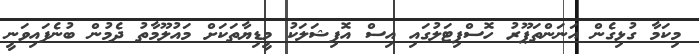
މިކަމާ ގުޅިގެން އަނަންތަޕޫރު ހޮސްޕިޓަލުގައި އިސް އޮފިޝަލަކު މީޑިޔާތަކަށް މައުލޫމާތު ދެމުން ބުނެފައިވަނީ